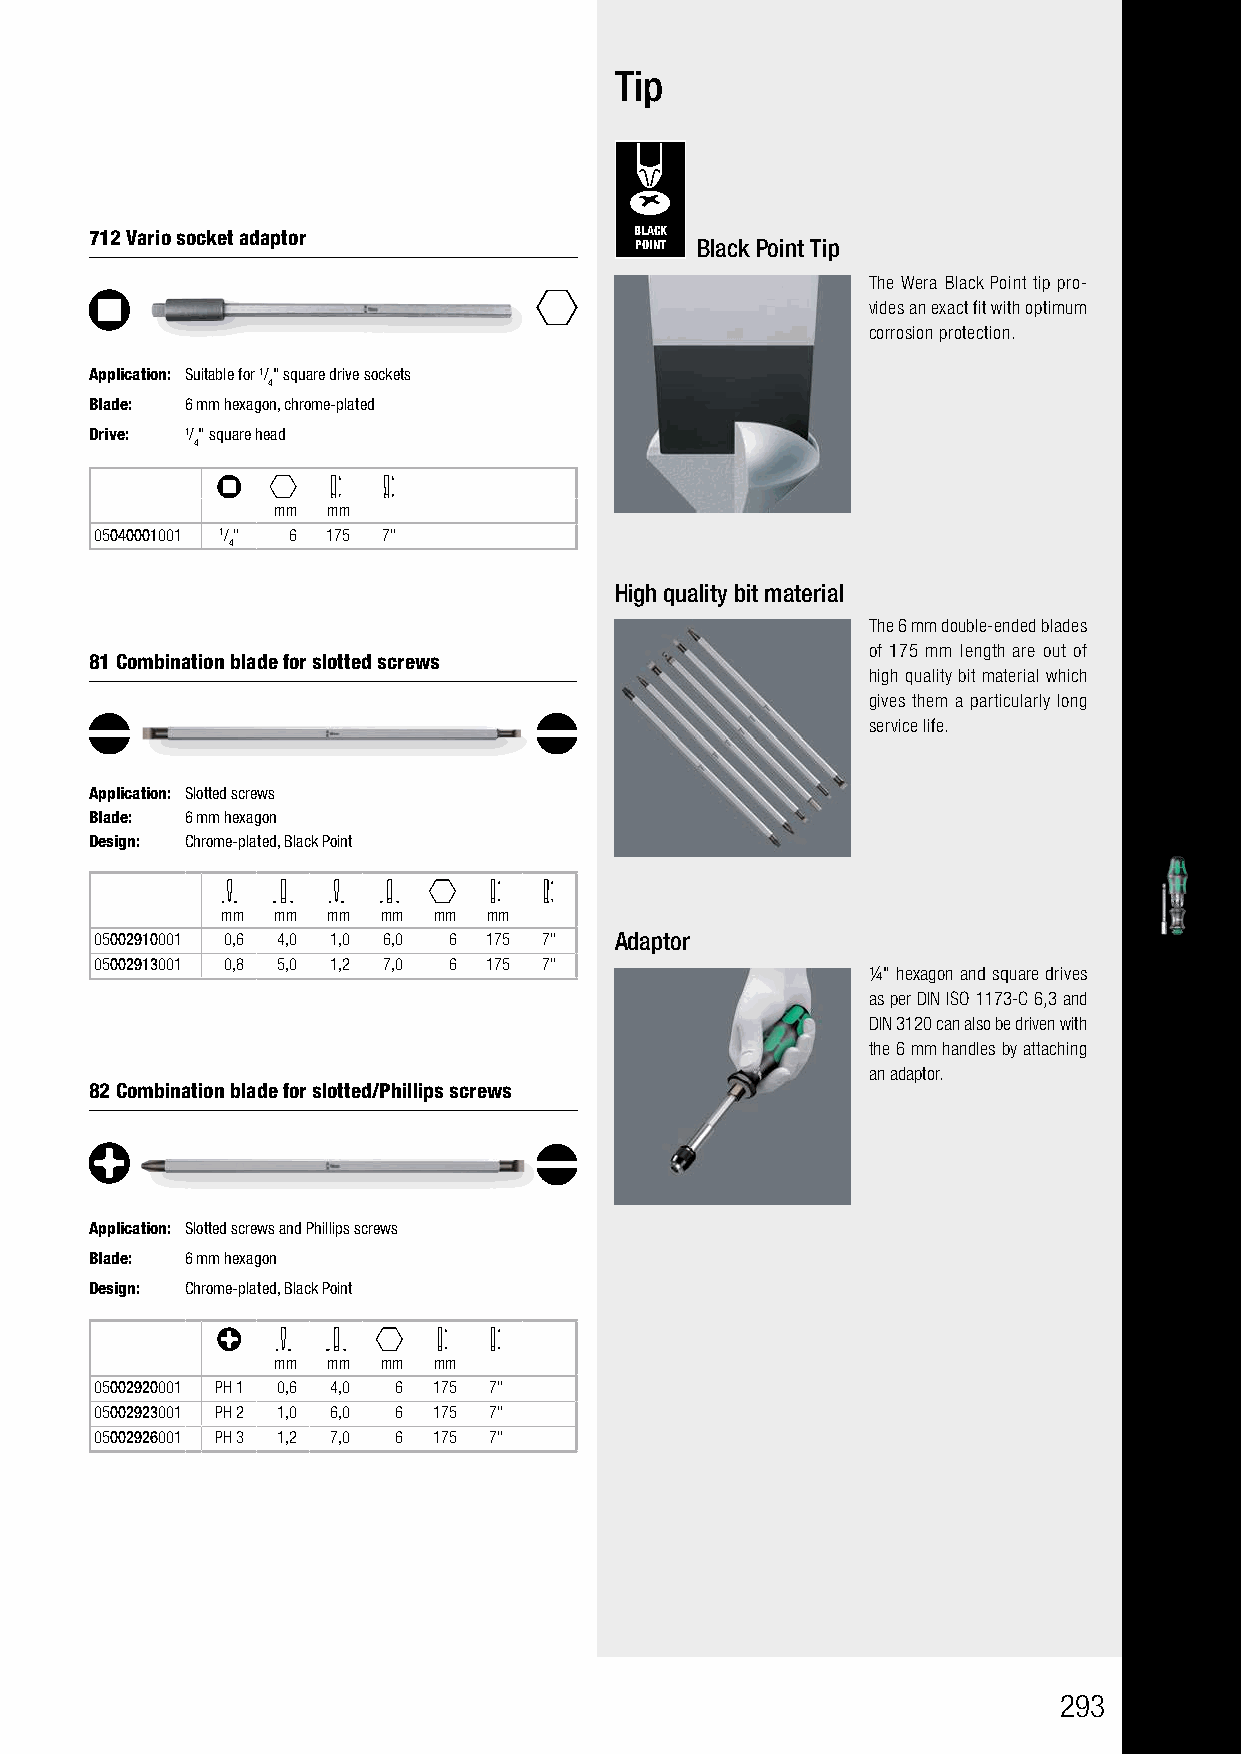
Kraftform Kompakt Vario                  Tip
 Without Ratchet Function
 712 Vario socket adaptor            BLACK
 POINT Black Point Tip
 The Wera Black Point tip pro-
 vides an exact fit with optimum
 corrosion protection.
 Application: Suitable for 1/" square drive sockets
 4
 Blade: 6 mm hexagon, chrome-plated
 Drive: 1/" square head
 4
 mm  mm
 05040001001 1/" 6 175 7"
 4
 High quality bit material
 The 6 mm double-ended blades
 of 175 mm length are out of
 81 Combination blade for slotted screws
 high quality bit material which
 gives them a particularly long
 service life.
 Application: Slotted screws
 Blade: 6 mm hexagon
 Design: Chrome-plated, Black Point
 mm mm  mm mm  mm mm
 05002910001 0,6 4,0 1,0 6,0 6 175 7" Adaptor
 05002913001 0,8 5,0 1,2 7,0 6 175 7"
 ¼" hexagon and square drives
 as per DIN ISO 1173-C 6,3 and
 DIN 3120 can also be driven with
 the 6 mm handles by attaching
 an adaptor.
 82 Combination blade for slotted/Phillips screws
 Application: Slotted screws and Phillips screws
 Blade: 6 mm hexagon
 Design: Chrome-plated, Black Point
 mm  mm mm  mm
 05002920001 PH 1 0,6 4,0 6 175 7"
 05002923001 PH 2 1,0 6,0 6 175 7"
 05002926001 PH 3 1,2 7,0 6 175 7"
 293